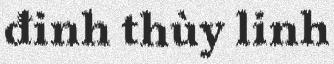
đinh thùy linh